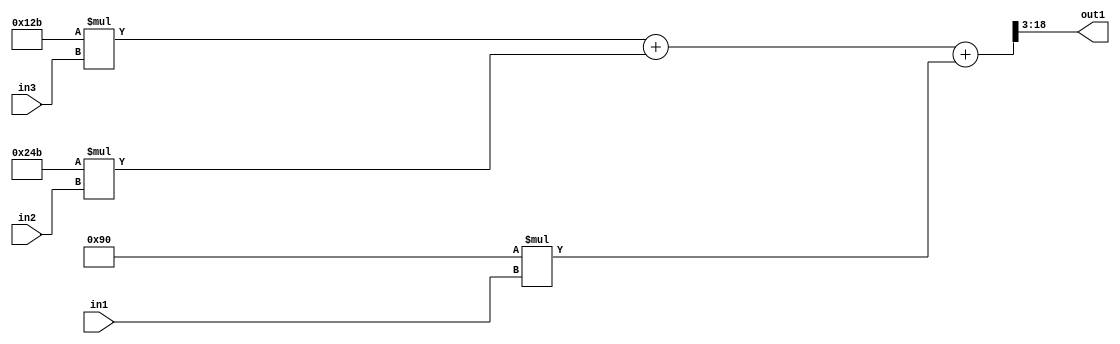
`timescale 1ps / 1ps
/*****************************************************************************
    Verilog RTL Description
    
    
    Created by: Stratus DpOpt 2019.1.01 
*******************************************************************************/

module SobelFilter_R18_3Add3Mul2i144u8Mul2iLLu8Mul2i299u8_1 (
	in3,
	in2,
	in1,
	out1
	); /* architecture "behavioural" */ 
input [7:0] in3,
	in2,
	in1;
output [15:0] out1;
wire [18:0] asc003;

wire [18:0] asc003_tmp_0;
wire [18:0] asc003_tmp_1;
assign asc003_tmp_1 = 
	+(19'B0000000000100101011 * in3);
assign asc003_tmp_0 = asc003_tmp_1
	+(19'B0000000001001001011 * in2);
assign asc003 = asc003_tmp_0
	+(19'B0000000000010010000 * in1);

assign out1 = asc003[18:3];
endmodule

/* CADENCE  v7X1Qgg= : u9/ySgnWtBlWxVPRXgAZ4Og= ** DO NOT EDIT THIS LINE ******/